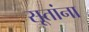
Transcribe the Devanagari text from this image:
सूतांना